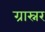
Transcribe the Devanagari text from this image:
ग्रास्नर